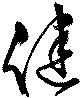
健